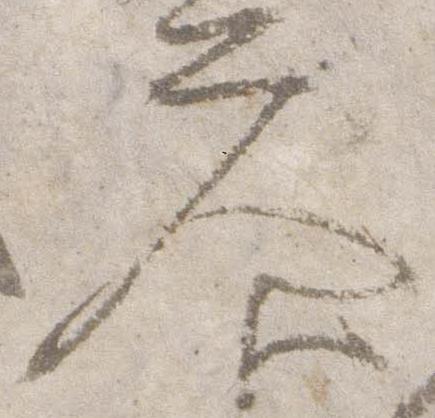
参